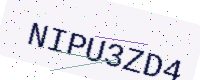
Text: NIPU3ZD4